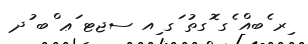
ިރ ެބއް ެގ ޮގތު ަގ ިއ ސޖޓ ަޢ ްބ ުދ